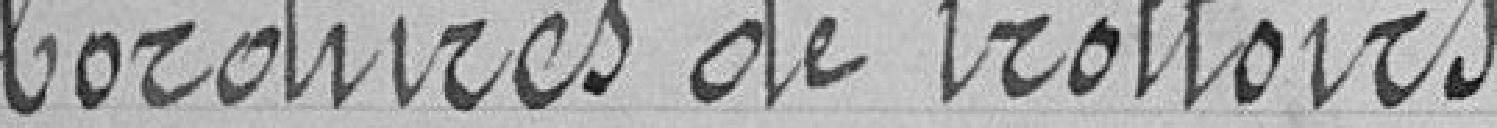
bordures de trottoirs.